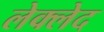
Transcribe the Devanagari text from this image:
लेक्लेद